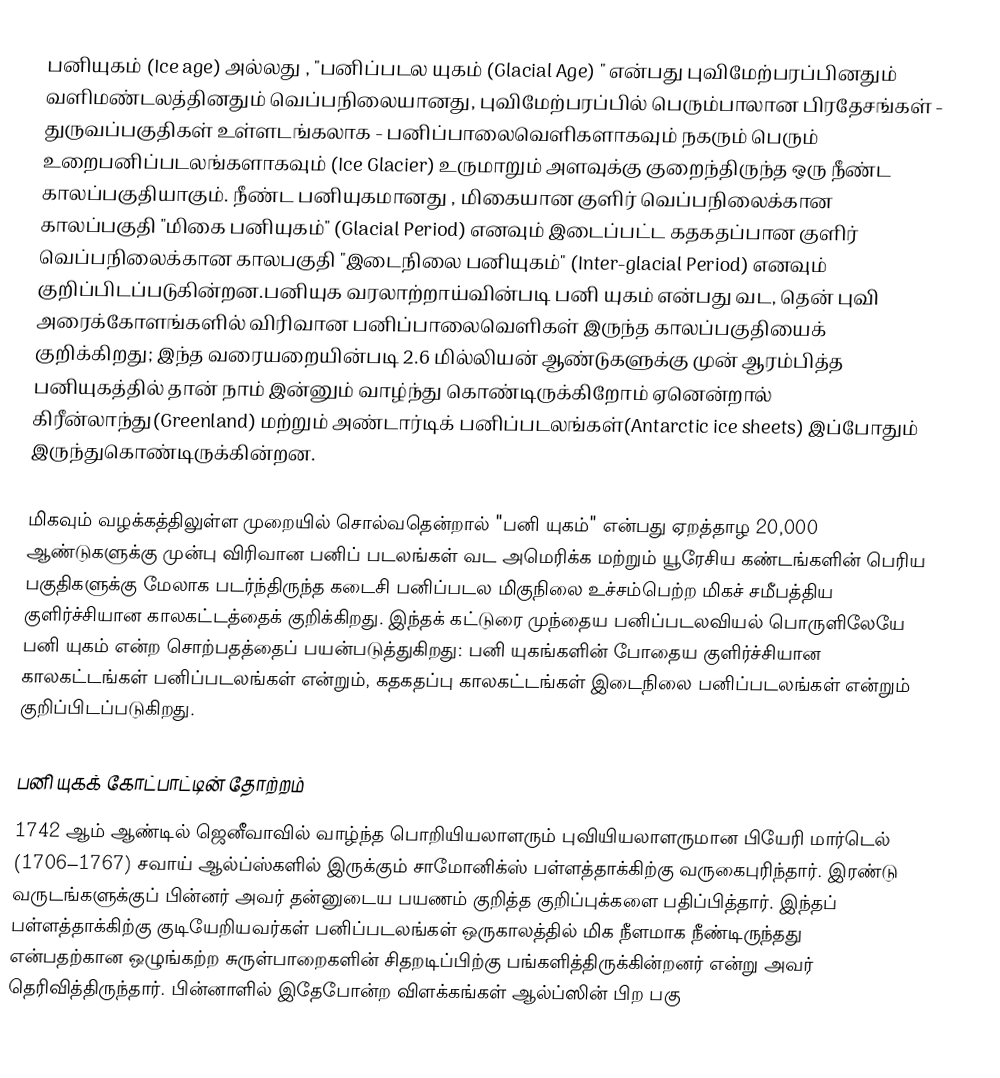
பனியுகம் (Ice age) அல்லது , "பனிப்படல யுகம் (Glacial Age) " என்பது புவிமேற்பரப்பினதும் வளிமண்டலத்தினதும்  வெப்பநிலையானது, புவிமேற்பரப்பில் பெரும்பாலான பிரதேசங்கள் - துருவப்பகுதிகள் உள்ளடங்கலாக -  பனிப்பாலைவெளிகளாகவும் நகரும் பெரும் உறைபனிப்படலங்களாகவும் (Ice Glacier) உருமாறும் அளவுக்கு குறைந்திருந்த ஒரு  நீண்ட காலப்பகுதியாகும். நீண்ட பனியுகமானது , மிகையான குளிர் வெப்பநிலைக்கான காலப்பகுதி "மிகை பனியுகம்" (Glacial Period) எனவும்  இடைப்பட்ட கதகதப்பான குளிர் வெப்பநிலைக்கான காலபகுதி "இடைநிலை பனியுகம்" (Inter-glacial Period) எனவும் குறிப்பிடப்படுகின்றன.பனியுக வரலாற்றாய்வின்படி பனி யுகம்  என்பது வட, தென் புவி அரைக்கோளங்களில் விரிவான பனிப்பாலைவெளிகள் இருந்த காலப்பகுதியைக் குறிக்கிறது; இந்த வரையறையின்படி 2.6 மில்லியன் ஆண்டுகளுக்கு முன் ஆரம்பித்த பனியுகத்தில் தான் நாம் இன்னும் வாழ்ந்து கொண்டிருக்கிறோம் ஏனென்றால் கிரீன்லாந்து(Greenland) மற்றும் அண்டார்டிக் பனிப்படலங்கள்(Antarctic ice sheets) இப்போதும் இருந்துகொண்டிருக்கின்றன.

மிகவும் வழக்கத்திலுள்ள முறையில் சொல்வதென்றால் "பனி யுகம்" என்பது ஏறத்தாழ 20,000 ஆண்டுகளுக்கு முன்பு விரிவான பனிப் படலங்கள் வட அமெரிக்க மற்றும் யூரேசிய கண்டங்களின் பெரிய பகுதிகளுக்கு மேலாக படர்ந்திருந்த கடைசி பனிப்படல மிகுநிலை உச்சம்பெற்ற மிகச் சமீபத்திய குளிர்ச்சியான காலகட்டத்தைக் குறிக்கிறது. இந்தக் கட்டுரை முந்தைய பனிப்படலவியல் பொருளிலேயே பனி யுகம்  என்ற சொற்பதத்தைப் பயன்படுத்துகிறது: பனி யுகங்களின் போதைய குளிர்ச்சியான காலகட்டங்கள் பனிப்படலங்கள் என்றும், கதகதப்பு காலகட்டங்கள் இடைநிலை பனிப்படலங்கள் என்றும் குறிப்பிடப்படுகிறது.

பனி யுகக் கோட்பாட்டின் தோற்றம்
1742 ஆம் ஆண்டில் ஜெனீவாவில் வாழ்ந்த பொறியியலாளரும் புவியியலாளருமான பியேரி மார்டெல் (1706–1767) சவாய் ஆல்ப்ஸ்களில் இருக்கும் சாமோனிக்ஸ் பள்ளத்தாக்கிற்கு வருகைபுரிந்தார். இரண்டு வருடங்களுக்குப் பின்னர் அவர் தன்னுடைய பயணம் குறித்த குறிப்புக்களை பதிப்பித்தார். இந்தப் பள்ளத்தாக்கிற்கு குடியேறியவர்கள் பனிப்படலங்கள் ஒருகாலத்தில் மிக நீளமாக நீண்டிருந்தது என்பதற்கான ஒழுங்கற்ற சுருள்பாறைகளின் சிதறடிப்பிற்கு பங்களித்திருக்கின்றனர் என்று அவர் தெரிவித்திருந்தார். பின்னாளில் இதேபோன்ற விளக்கங்கள் ஆல்ப்ஸின் பிற பகு